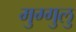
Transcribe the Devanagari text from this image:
मुग्गुलु